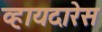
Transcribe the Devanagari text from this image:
व्हायदारेस